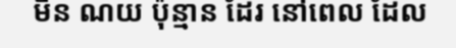
មិន ណយ ប៉ុន្មាន ដែរ នៅពេល ដែល